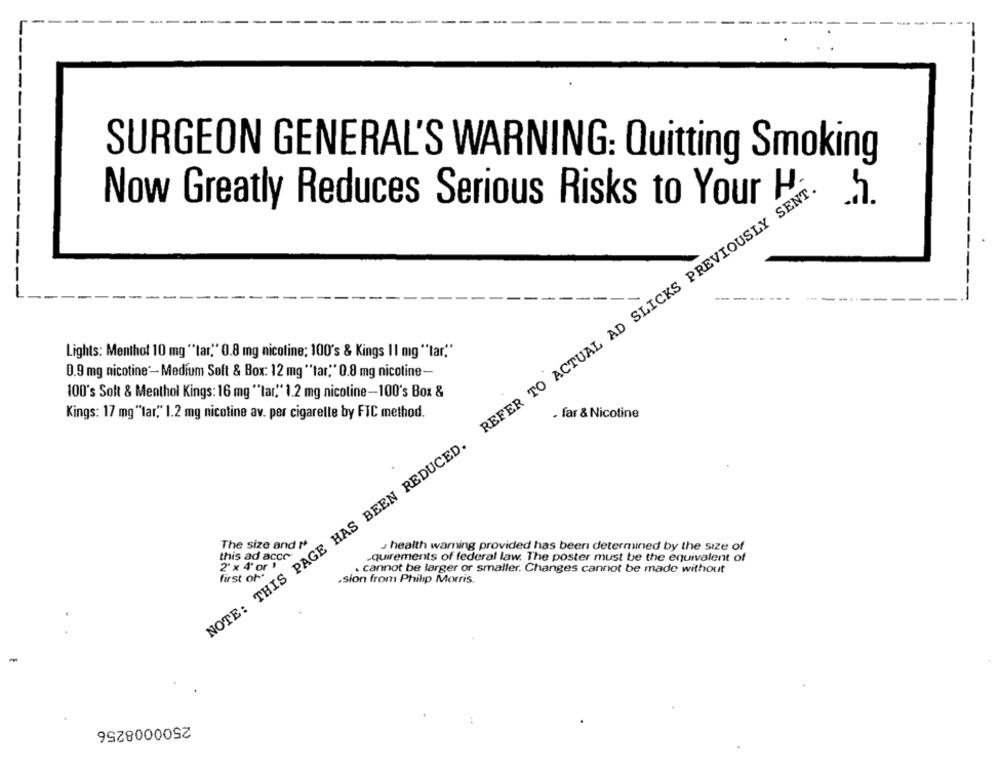
SURGEON GENERAL'S WARNING: Quitting Smoking
REFER TO ACTUAL AD SLICKS PREVIOUSLY SENT.
Now Greatly Reduces Serious Risks to Your H
h
Lights: Menthol 10 mg ""tar." 0.8 mg nicotine; 100's & Kings 11 mg ""tar."
0.9 mg nicotine :- Medium Soft & Box: 12 mg ** tar." 0.8 mg nicotine-
100's Solt & Menthol Kings: 16 mg ""tar," 1.2 mg nicotine-100's Box &
Kings: 17 mg "lar," 1.2 mg nicotine av. per cigarelle by FIC method.
. far & Nicotine
NOTE: THIS PAGE HAS BEEN REDUCED.
The size and ₦
health warning provided has been determined by the size of
this ad acce
2' x 4' or !
.quirements of federal law. The poster must be the equivalent of
cannot be larger or smaller. Changes cannot be made without
.sion from Philip Morris.
2500008256